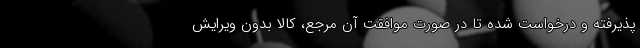
پذیرفته و درخواست شده تا در صورت موافقتِ آن مرجع، کالا بدون ویرایش